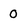
Character: 0